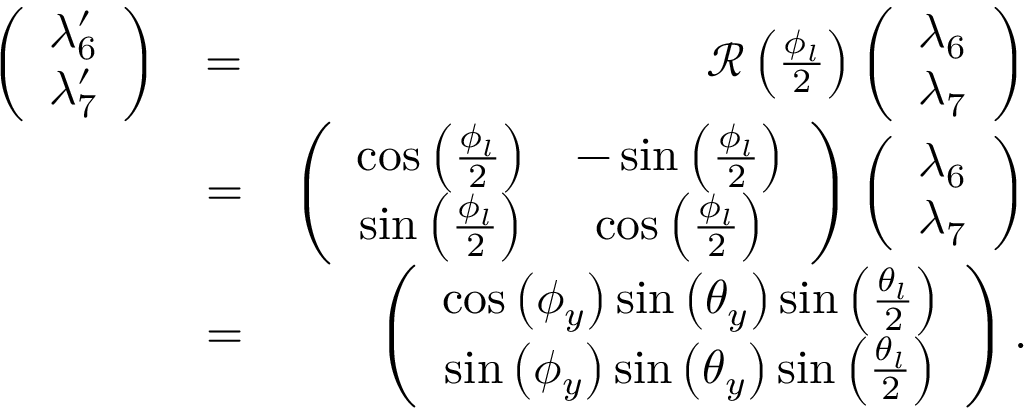
\begin{array} { r l r } { \left( \begin{array} { c } { \lambda _ { 6 } ^ { \prime } } \\ { \lambda _ { 7 } ^ { \prime } } \end{array} \right) } & { = } & { { \mathcal R } \left( \frac { \phi _ { l } } { 2 } \right) \left( \begin{array} { c } { \lambda _ { 6 } } \\ { \lambda _ { 7 } } \end{array} \right) } \\ & { = } & { \left( \begin{array} { c c } { \cos \left( \frac { \phi _ { l } } { 2 } \right) } & { - \sin \left( \frac { \phi _ { l } } { 2 } \right) } \\ { \sin \left( \frac { \phi _ { l } } { 2 } \right) } & { \cos \left( \frac { \phi _ { l } } { 2 } \right) } \end{array} \right) \left( \begin{array} { c } { \lambda _ { 6 } } \\ { \lambda _ { 7 } } \end{array} \right) } \\ & { = } & { \left( \begin{array} { c } { \cos \left( \phi _ { y } \right) \sin \left( \theta _ { y } \right) \sin \left( \frac { \theta _ { l } } { 2 } \right) } \\ { \sin \left( \phi _ { y } \right) \sin \left( \theta _ { y } \right) \sin \left( \frac { \theta _ { l } } { 2 } \right) } \end{array} \right) . } \end{array}